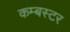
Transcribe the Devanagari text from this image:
कम्बस्टर